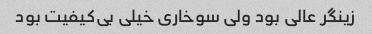
زینگر عالی بود ولی سوخاری خیلی بی‌کیفیت بود